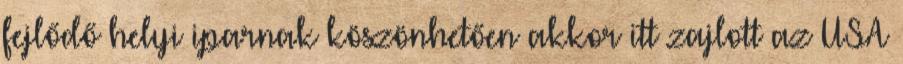
fejlődő helyi iparnak köszönhetően akkor itt zajlott az USA